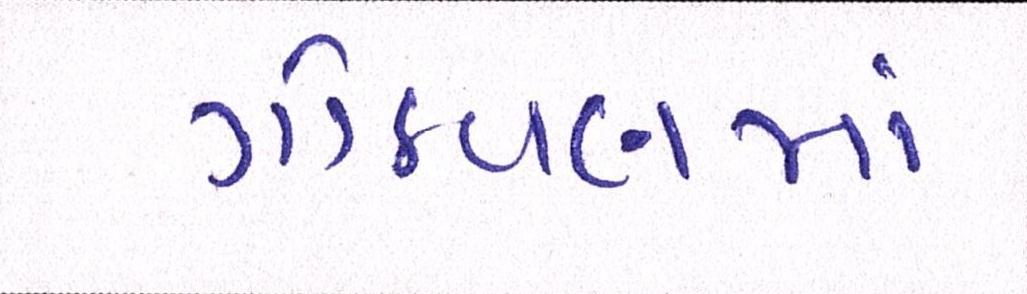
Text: ગોઠવણમાં